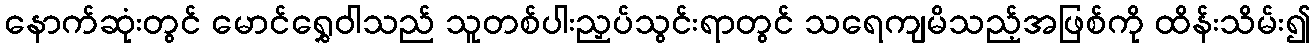
နောက်ဆုံးတွင် မောင်ရွှေဝါသည် သူတစ်ပါးညှပ်သွင်းရာတွင် သရေကျမိသည့်အဖြစ်ကို ထိန်းသိမ်း၍